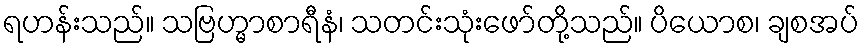
ရဟန်းသည်။ သဗြဟ္မာစာရီနံ၊ သတင်းသုံးဖော်တို့သည်။ ပိယောစ၊ ချစအပ်